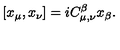
[ x _ { \mu } , x _ { \nu } ] = i C _ { \mu , \nu } ^ { \beta } x _ { \beta } .